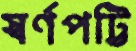
স্বর্ণপট্টি